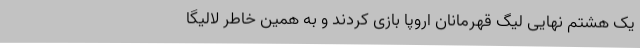
یک هشتم نهایی لیگ قهرمانان اروپا بازی کردند و به همین خاطر لالیگا